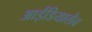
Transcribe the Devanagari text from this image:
आईडियालैब